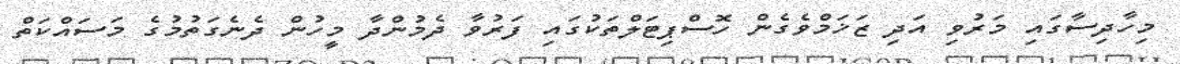
މިހާދިސާގައި މަރުވި އަދި ޒަޚަމްވެގެން ހޮސްޕިޓަލްތަކުގައި ފަރުވާ ދެމުންދާ މީހުން ދެނެގަތުމުގެ މަސައްކަތް